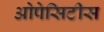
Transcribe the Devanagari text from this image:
ओपेसिटीस